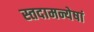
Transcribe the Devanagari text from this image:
स्तदामन्येषां